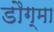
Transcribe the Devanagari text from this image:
डौग्मा